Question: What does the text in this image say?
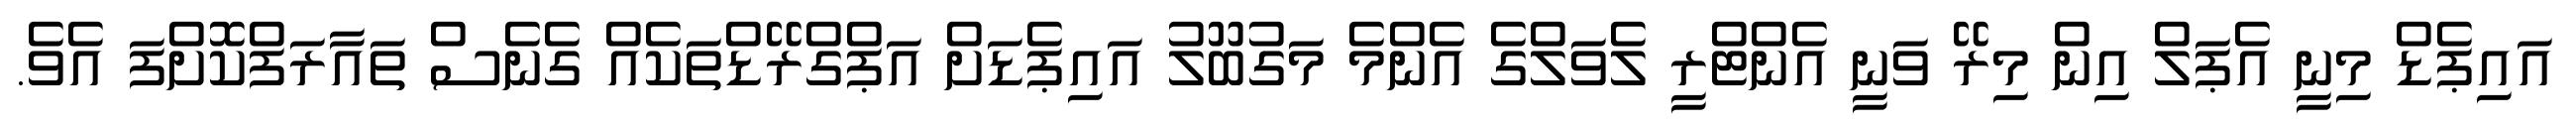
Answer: އައިޕެޑް މިނީ އެޕަލް އިން މިރޭ ވަނީ އެންޓްރީ ލެވަލްގެ އެންމެ މަގުބޫލު އައިޕެޑަށް އަޕްގްރޭޑްތަކެއް ގެނެސް ތައާރަފްކޮށްފަ އެވެ.